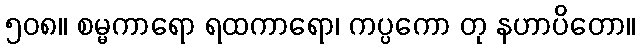
၅၀၈။ စမ္မကာရော ရထကာရော၊ ကပ္ပကော တု နဟာပိတော။